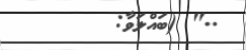
.." (ބައްލަވާ: